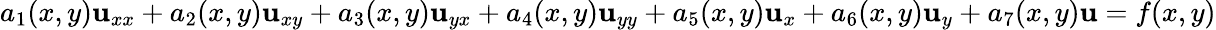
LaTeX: a_{1}(x,y)\mathbf{u}_{xx}+a_{2}(x,y)\mathbf{u}_{xy}+a_{3}(x,y)\mathbf{u}_{yx}+a_{4}(x,y)\mathbf{u}_{yy}+a_{5}(x,y)\mathbf{u}_{x}+a_{6}(x,y)\mathbf{u}_{y}+a_{7}(x,y)\mathbf{u}=f(x,y)